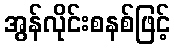
အွန်လိုင်းစနစ်ဖြင့်